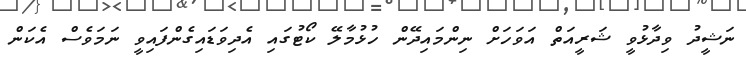
ނަޝީދު ވިދާޅުވީ ޝަރީއަތް އަވަހަށް ނިންމައިދޭން ހުޅުމާލޭ ކޯޓުގައި އެދިވަޑައިގެންފައިވީ ނަމަވެސް އެކަން